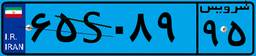
۶۵S۰۸۹۹۵